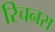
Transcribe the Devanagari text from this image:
रिचनस